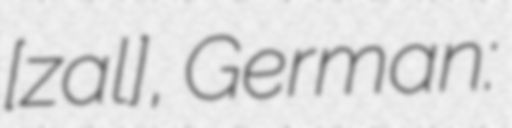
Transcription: [ˈzaːlɔʒɛ], German: